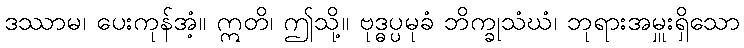
ဒဿာမ၊ ပေးကုန်အံ့။ ဣတိ၊ ဤသို့။ ဗုဒ္ဓပ္ပမုခံ ဘိက္ခုသံဃံ၊ ဘုရားအမှူးရှိသော